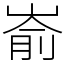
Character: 嵛